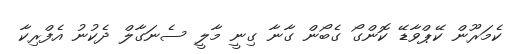
ކެމަރޫން ކޭޕްވާޑޭ ކޮންގޯ ގެބޯން ގާނާ ގިނީ މާލީ ސެނަގާލް ދެކުނު އެފްރިކާ